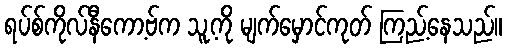
ရပ်စ်ကိုလ်နီကော့ဗ်က သူ့ကို မျက်မှောင်ကုတ် ကြည့်နေသည်။